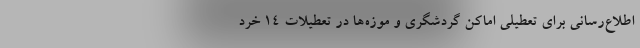
اطلاع‌رسانی برای تعطیلی اماکن گردشگری و موزه‌ها در تعطیلات ۱۴ خرد